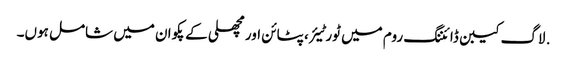
. لاگ کیبن ڈائننگ روم میں ٹورٹیئر ، پٹائن اور مچھلی کے پکوان میں شامل ہوں۔